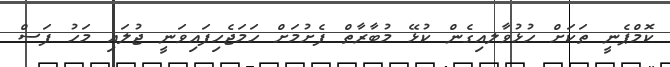
ކޮމްޕެނީ ތަކަށް ހުޅުވާލއިގެން ކުޅޭ މުބާރާތް ފެށުމަށް ހަމަޖެހިފައިވަނީ ޖުލައި މަހު ފަސް